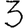
Digit: 3